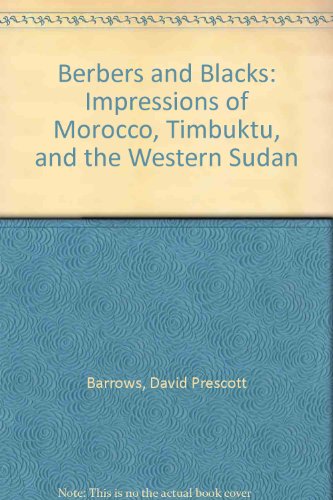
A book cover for Berbers and Blacks: Impressions of Morocco, Timbuktu, and the Western Sudan; David Prescott Barrows; Travel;